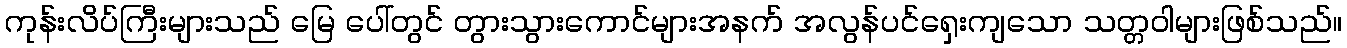
ကုန်းလိပ်ကြီးများသည် မြေ ပေါ်တွင် တွားသွားကောင်များအနက် အလွန်ပင်ရှေးကျသော သတ္တဝါများဖြစ်သည်။